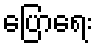
ပြောရေး